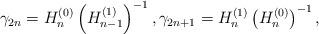
LaTeX: \begin{align*}\gamma_{2n}=H_{n}^{(0)}\left(H_{n-1}^{(1)}\right)^{-1},\gamma_{2n+1}=H_{n}^{(1)}\left(H_{n}^{(0)}\right)^{-1},\end{align*}